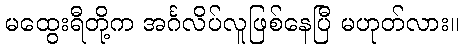
မထွေးရီတို့က အင်္ဂလိပ်လူဖြစ်နေပြီ မဟုတ်လား။